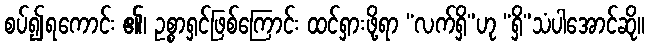
စပ်၍ရကောင်း ၏၊ ဥစ္စာရှင်ဖြစ်ကြောင်း ထင်ရှားဖို့ရာ “လက်ရှိ”ဟု “ရှိ”သံပါအောင်ဆို။